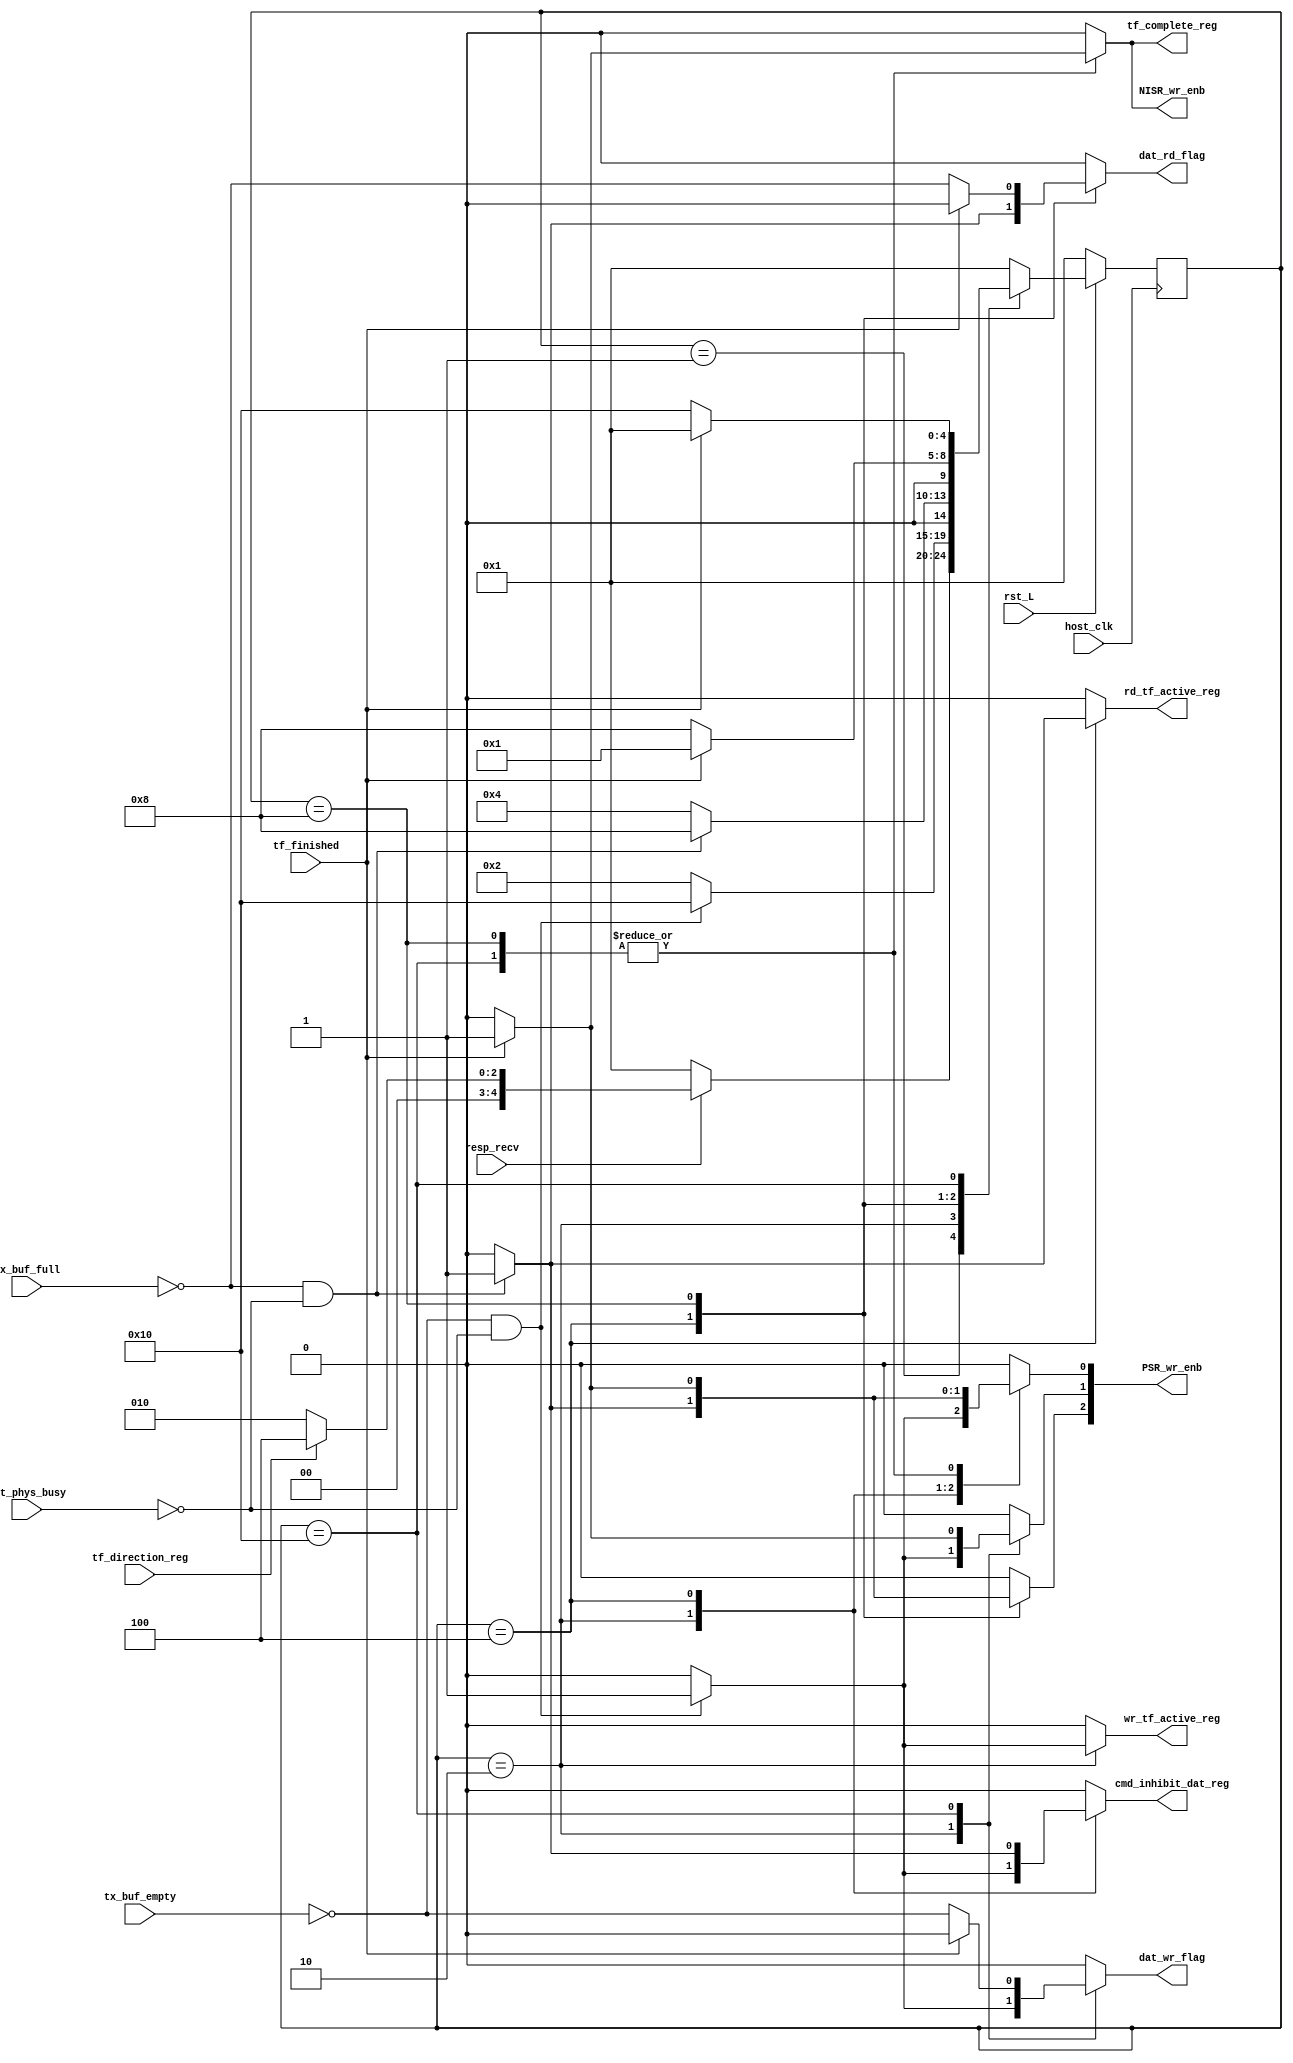
module DAT_control (
		    input  host_clk,           //Reloj del Host
		    input  rst_L,              //Reset 
		    input  tf_direction_reg,   //Bit de dirección (Transfer Mode Reg)
		    input  resp_recv,          //Respuesta recibida de CMD
		    input  tx_buf_empty,       //FIFO Tx vacío
		    input  rx_buf_full,        //FIFO Rx lleno
		    input  tf_finished,        //Se termina la transferencia (de DAT_Phys)
		    input  dat_phys_busy,      //DAT_Phys está ocupado
		    output wr_tf_active_reg,   //Bit de escritura activa (Present State Reg)
		    output rd_tf_active_reg,   //Bit de lectura activa (Present State Reg)
		    output cmd_inhibit_dat_reg,//Inhabilitación de comandos de DAT (Present State)
		    output [2:0] PSR_wr_enb,   //Habilitación de escritura en el Present State Reg
		    output tf_complete_reg, //Bit de transferencia completa (Normal Interrupt Reg)
		    output NISR_wr_enb,     //Habilitación de escritura en el Normal Interrupt Reg
		    output dat_wr_flag,     //Indicar a la capa física escritura
		    output dat_rd_flag      //Indicar la capa física lectura
		    );
   //Regs
   //Salidas
   reg 			   dat_wr_flag;
   reg 			   dat_rd_flag;
   reg 			   wr_tf_active_reg;
   reg 			   rd_tf_active_reg;
   reg 			   cmd_inhibit_dat_reg;
   reg [2:0] 		   PSR_wr_enb;
   reg 			   tf_complete_reg;
   reg 			   NISR_wr_enb;
   
   
   parameter SIZE = 5;
   reg [SIZE-1:0] 	   state;
   reg [SIZE-1:0] 	   nxt_state;
   
   //Estados FSM
   parameter IDLE = 5'b00001;
   parameter WRITE_START = 5'b00010;
   parameter READ_START = 5'b00100;
   parameter READ_TRANSFER  = 5'b01000;
   parameter WRITE_TRANSFER  = 5'b10000;

   wire 		   wr_valid;
   wire 		   rd_valid;

   assign wr_valid  = !tx_buf_empty && !dat_phys_busy;
   assign rd_valid = !rx_buf_full && !dat_phys_busy;

   
   //Actualización del estado 
   always @ (posedge host_clk) begin
      if(!rst_L) begin
	 state <= IDLE;
      end	
      else
	 state <= nxt_state;
   end

   //Lógica del próximo estado y de salidas
   always @(*) begin
      //Valores de salidas por defecto
      dat_wr_flag 	   = 0;
      dat_rd_flag 	   = 0;
      wr_tf_active_reg 	   = 0;
      rd_tf_active_reg 	   = 0;
      cmd_inhibit_dat_reg  = 0;
      tf_complete_reg 	   = 0;
      PSR_wr_enb 	   = 0;
      NISR_wr_enb 	   = 0;
      
      case (state)
	 //Estado de espera
	 IDLE: begin
	    if(resp_recv) begin
	       if(tf_direction_reg == 1) begin //Lectura
		  nxt_state = READ_START;
	       end
	       else begin //Escritura
		  nxt_state = WRITE_START;
	       end
	    end
	    else begin
	       nxt_state = IDLE;
	    end
	 end 
	 //Inicialización de la transacción de escritura
	 WRITE_START: begin
	    if(wr_valid) begin
	       nxt_state 	    = WRITE_TRANSFER;
	       dat_wr_flag 	    = 1; //Se le indica a la capa física que comience una escritura
	       wr_tf_active_reg     = 1;
	       PSR_wr_enb[1] 	    = 1;
	       cmd_inhibit_dat_reg  = 1;
	       PSR_wr_enb[0] 	    = 1;
	    end
	    else
	       nxt_state = WRITE_START;
	 end	

	 //Inicialización de la transacción de lectura
	 READ_START: begin
	    if(rd_valid) begin
	       nxt_state 	    = READ_TRANSFER;
	       dat_rd_flag 	    = 1;  //Se le indica a la capa física que comience una lectura
	       rd_tf_active_reg     = 1;
	       PSR_wr_enb[2] 	    = 1;
	       cmd_inhibit_dat_reg  = 1;
	       PSR_wr_enb[0] 	    = 1;
	    end
	    else
	       nxt_state = READ_START;
	 end

	 //Ejecución de la transacción de lectura
	 READ_TRANSFER: begin
	    if(!tf_finished) begin
	       dat_rd_flag  = !rx_buf_full;
	       nxt_state    = READ_TRANSFER;
	    end
	    else begin //Se recibe la señal de finalización desde la capa física
	       rd_tf_active_reg     = 0;
	       PSR_wr_enb[2] 	    = 1;
	       cmd_inhibit_dat_reg  = 0;
	       PSR_wr_enb[0] 	    = 1;
	       tf_complete_reg 	    = 1;
	       NISR_wr_enb 	    = 1;
	       nxt_state 	    = IDLE;
	    end
	 end

	 //Ejecución de la transacción de escritura
	 WRITE_TRANSFER: begin
	    if(!tf_finished) begin
	       dat_wr_flag = !tx_buf_empty;
	       nxt_state = WRITE_TRANSFER;
	    end	
	    else begin  //Se recibe la señal de finalización desde la capa física
	       wr_tf_active_reg     = 0;
	       PSR_wr_enb[1] 	    = 1;
	       cmd_inhibit_dat_reg  = 0;
	       PSR_wr_enb[0] 	    = 1;
	       tf_complete_reg 	    = 1;
	       NISR_wr_enb 	    = 1;
	       nxt_state 	    = IDLE;
	    end
	 end
 
	 default: begin
	    nxt_state = IDLE;
	 end
      endcase
   end  
endmodule